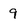
Character: 9